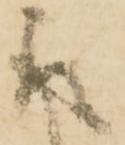
取